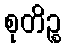
စုတိဉ္စ